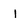
Character: i